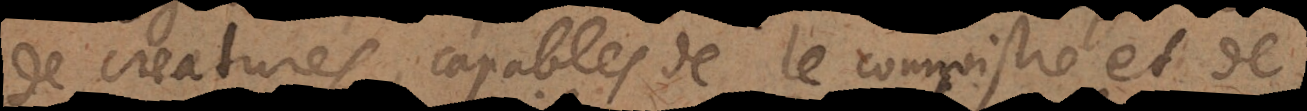
de creatures, capables de le connoistre et